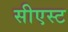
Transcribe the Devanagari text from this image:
सीएस्ट